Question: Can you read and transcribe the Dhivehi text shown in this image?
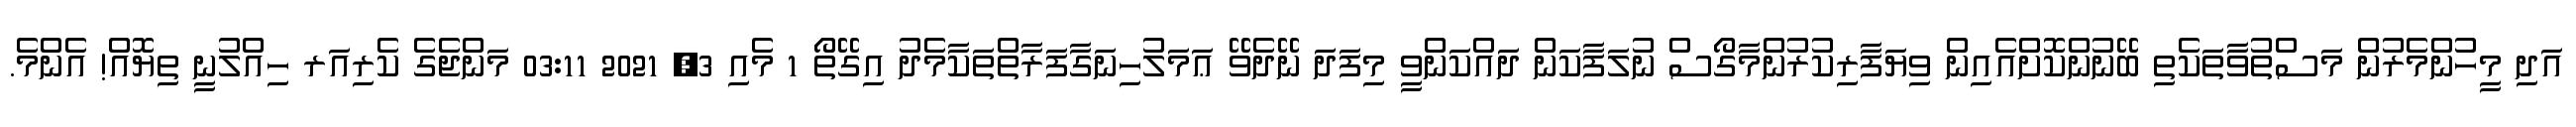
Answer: އަދި މީހުންމެރުން މަސްތުވާތަކެތި ބޭނުންކޮށްއެއިން ވިޔަފާރިކުރުންމާގޯސް ނުލަފާކަން ދައްކަންވީ މިފަދަ ނޭދެވޭ ޢަމަލުހިނަގާފަރާތްތަކާމެދު އިގޭތޯ 1 މެއި 3, 2021 03:11 މަންޖެގެ ކެރިއަރ ހިއްލުނީ ތިޔޮއް! އެންމެ.